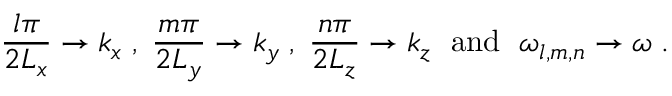
\frac { l \pi } { 2 L _ { x } } \to k _ { x } \; , \; \frac { m \pi } { 2 L _ { y } } \to k _ { y } \; , \; \frac { n \pi } { 2 L _ { z } } \to k _ { z } \; \mathrm { ~ a n d ~ } \; \omega _ { l , m , n } \to \omega \; .